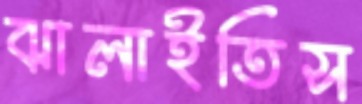
ঝালাইতিস